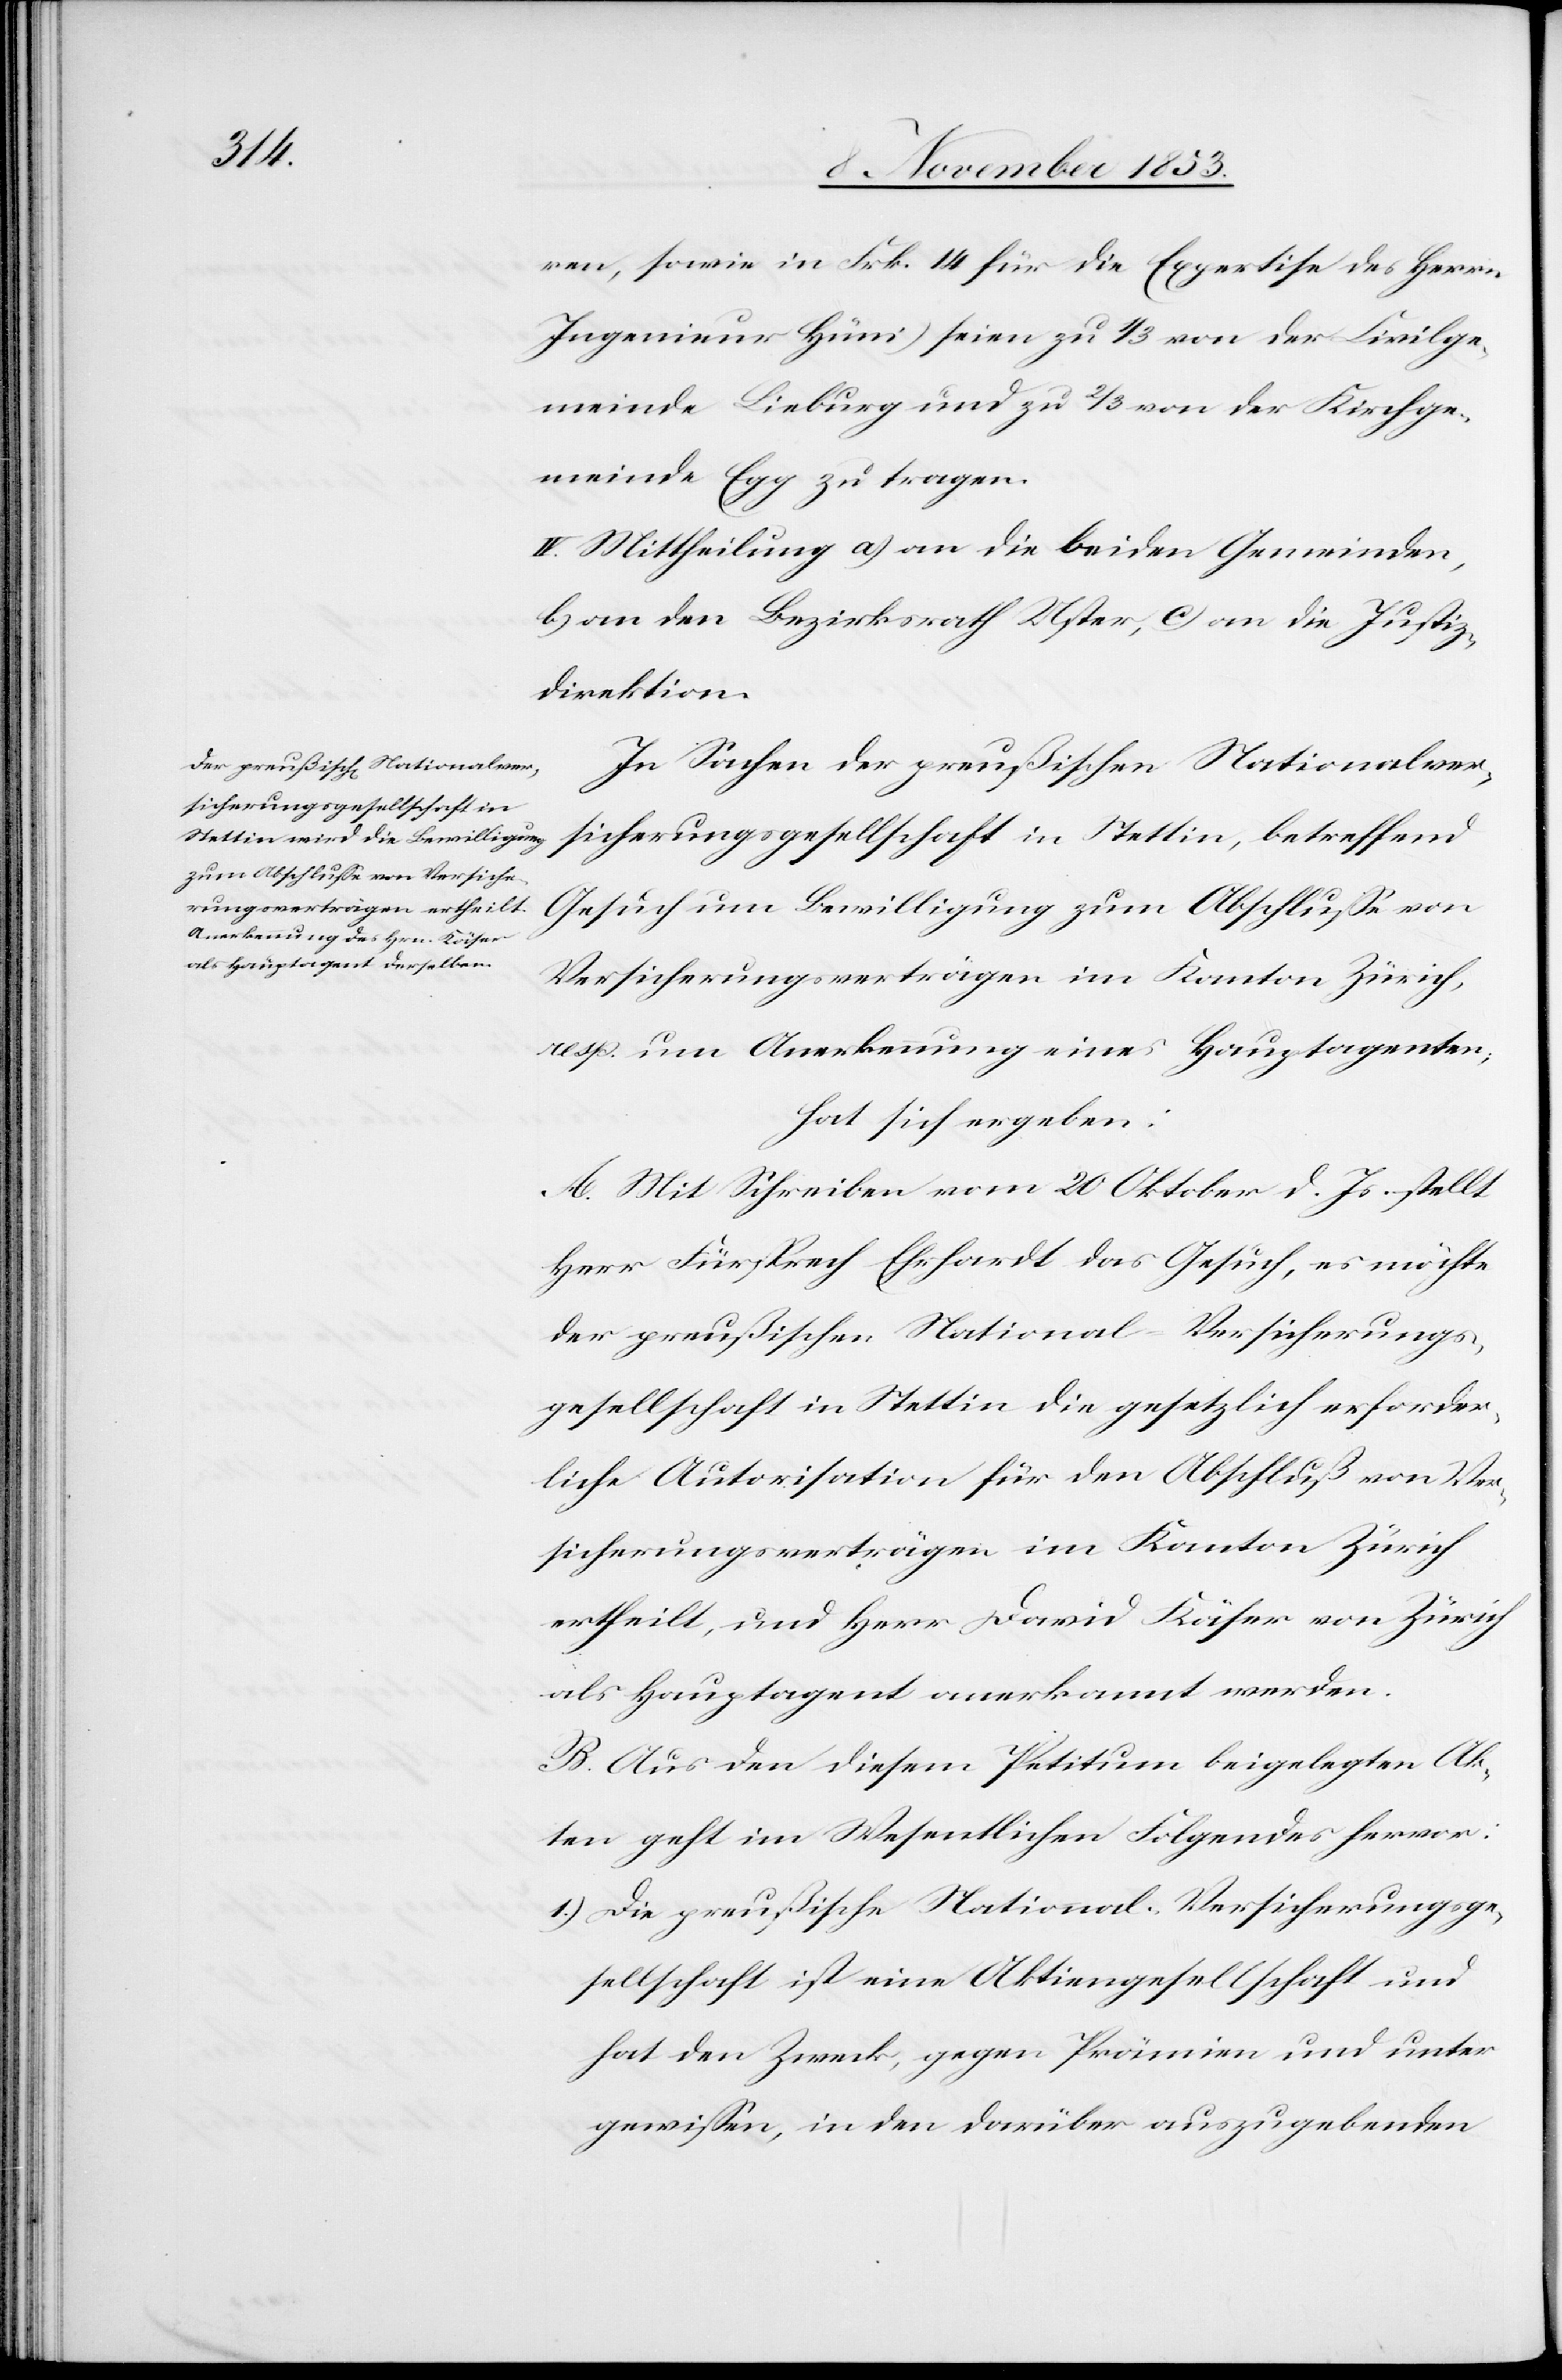
ren, sowie in Frk. 14 für die Expertise des Herrn
Ingenieur Hüni) seien zu 1/3 von der Civilge¬
meinde Lieburg und zu 2/3 von der Kirchge¬
meinde Egg zu tragen.
IV. Mittheilung a) an die beiden Gemeinden,
b) an den Bezirksrath Uster, c) an die Justiz¬
direktion.
In Sachen der preußischen Nationalver¬
sicherungsgesellschaft in Stettin, betreffend
Gesuch um Bewilligung zum Abschluße von
Versicherungsverträgen im Kanton Zürich,
resp. um Anerkennung eines Hauptagenten;
hat sich ergeben:
A. Mit Schreiben vom 20 Oktober d. Js. stellt
Herr Fürsprech Ehrhardt das Gesuch, es möchte
der preußischen National-Versicherungs¬
gesellschaft in Stettin die gesetzlich erforder¬
liche Autorisation für den Abschluß von Ver¬
sicherungsverträgen im Kanton Zürich
ertheilt, und Herr David Käser von Zürich
als Hauptagent anerkannt werden.
B. Aus den diesem Petitum beigelegten Ak¬
ten geht im Wesentlichen Folgendes hervor:
1.) Die preußische National-Versicherungsge¬
sellschaft ist eine Aktiengesellschaft und
hat den Zweck, gegen Prämien und g¬
ewißen, in den darüber auszugebenden